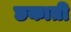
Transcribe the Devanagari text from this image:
छकाती